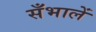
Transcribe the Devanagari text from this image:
सँभालें